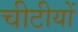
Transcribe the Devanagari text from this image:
चीटीयों